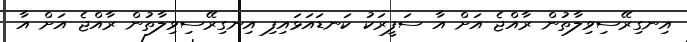
އިނގިރޭސިވިލާތުން ރާއްޖެ އަށް އާ ސަފީރަކު ކަނޑައަޅައިފި އިނގިރޭސިވިލާތުން ރާއްޖެ އަށް އާ